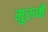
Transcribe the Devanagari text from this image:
मुरुमे